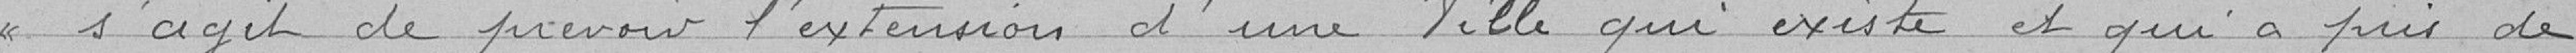
s'agit de prévoir l'extension d'une ville qui existe et qui a pris de